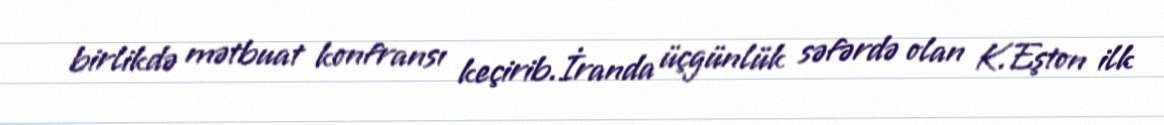
birlikdə mətbuat konfransı keçirib.İranda üçgünlük səfərdə olan K.Eşton ilk